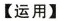
【运用】